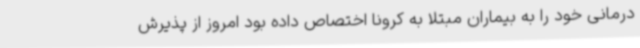
درمانی خود را به بیماران مبتلا به کرونا اختصاص داده بود امروز از پذیرش